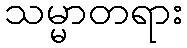
သမ္မာတရား